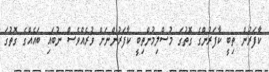
ކާފަރުން ތިބީ ކާފަރުންގެ ގޮތުގަ މުސްލިމުންތިބީ ކާފަރުންނަށް ވުރެއްވެސް ނުބައި ބައެއްގެ ގޮތުގަ